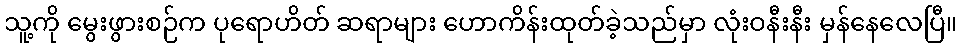
သူ့ကို မွေးဖွားစဉ်က ပုရောဟိတ် ဆရာများ ဟောကိန်းထုတ်ခဲ့သည်မှာ လုံးဝနီးနီး မှန်နေလေပြီ။